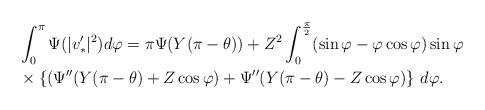
LaTeX: \begin{align*}&\int_0^\pi \Psi(|v'_*|^2) d \varphi =\pi \Psi (Y(\pi-\theta)) +Z^2\int^{\frac{\pi}{2}}_0 (\sin\varphi - \varphi \cos\varphi )\sin\varphi \\& \times \{ ({\Psi}''(Y(\pi-\theta)+ Z\cos\varphi ) +{\Psi}''(Y(\pi-\theta)-Z \cos\varphi ) \} \ d\varphi .\end{align*}